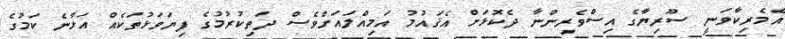
އެމެރިކާވަނީ ސޫރިޔާގެ އިސްވެރިންނާ ދެކޮޅަށް އެޤައުމު އަމިއްލައަށްވެސް ދަތިކުރުމުގެ ފިޔަވަޅުތަކެއް އަޅާނެ ކަމުގެ